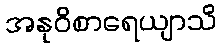
အနုဝိစာရေယျာသိ